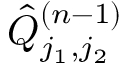
\hat { Q } _ { j _ { 1 } , j _ { 2 } } ^ { ( n - 1 ) }